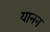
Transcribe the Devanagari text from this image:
यानन